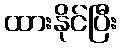
ထားနိုင်ပြီး